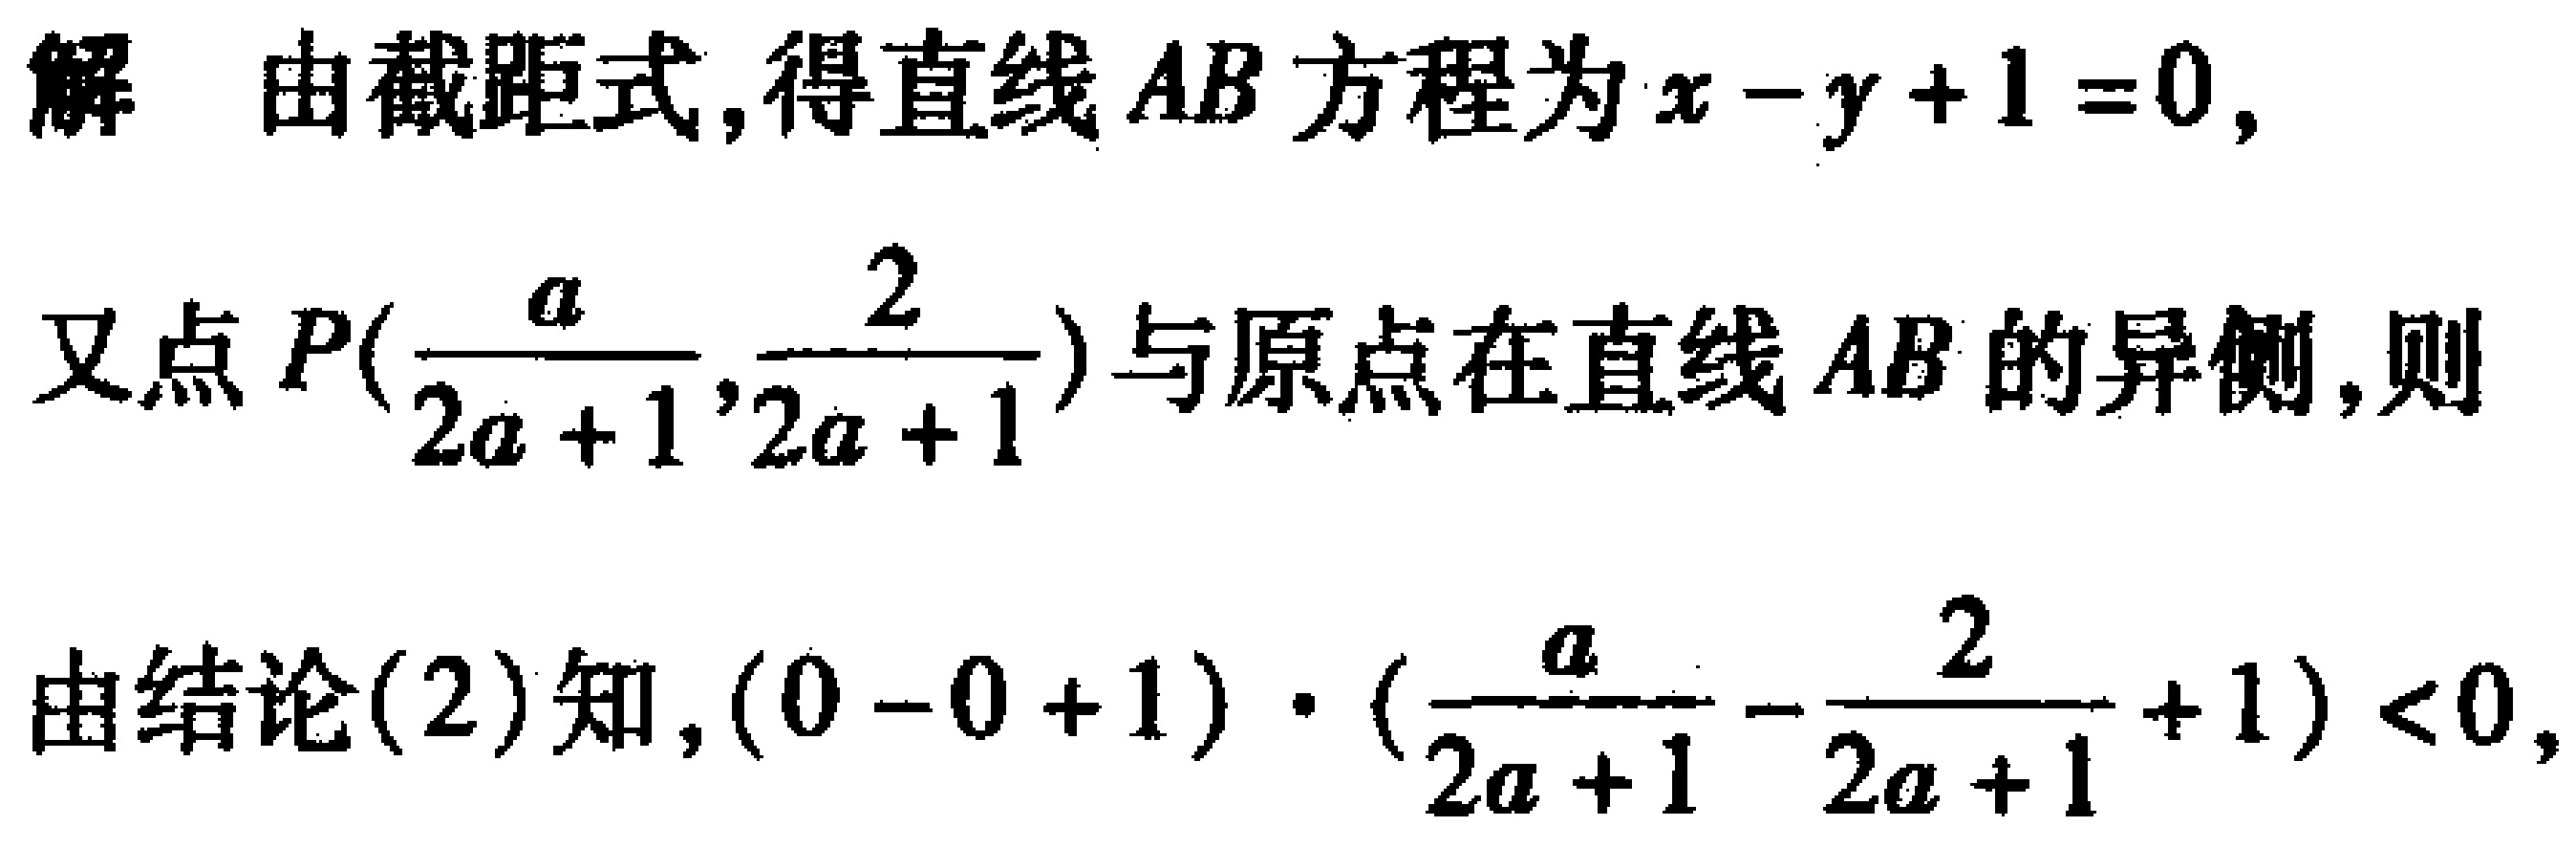
解 由截距式,得直线 \(AB\) 方程为 \(x - y + 1 = 0\),

又点 \(P(\frac{a}{2a + 1},\frac{2}{2a + 1})\) 与原点在直线 \(AB\) 的异侧,则

由结论(2)知,\((0 - 0 + 1)\cdot(\frac{a}{2a + 1}-\frac{2}{2a + 1}+1)<0\),